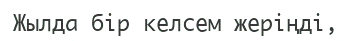
Жылда бір келсем жеріңді,